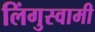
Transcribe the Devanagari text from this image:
लिंगुस्वामी